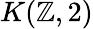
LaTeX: K(\mathbb{Z},2)